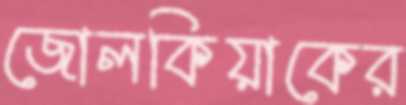
জোলকিয়াকের